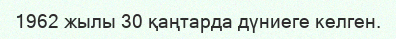
1962 жылы 30 қаңтарда дүниеге келген.